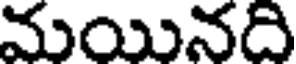
మయినది